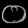
Digit: ၀